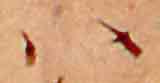
ハ